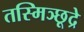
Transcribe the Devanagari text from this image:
तस्मिञ्छूद्रे